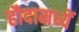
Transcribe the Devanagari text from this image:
हौदामध्यें